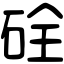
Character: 硂